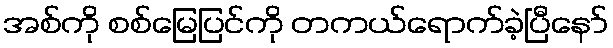
အစ်ကို စစ်မြေပြင်ကို တကယ်ရောက်ခဲ့ပြီနော်